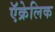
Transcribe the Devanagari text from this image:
ऍक्रेलिक